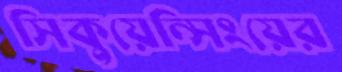
সিকুয়েন্সিংয়ের